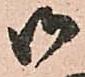
御